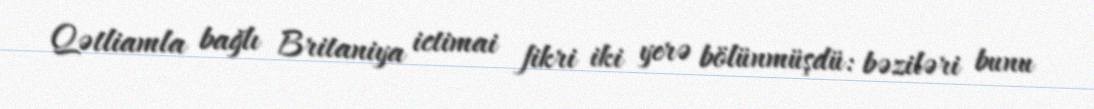
Qətliamla bağlı Britaniya ictimai fikri iki yerə bölünmüşdü: bəziləri bunu